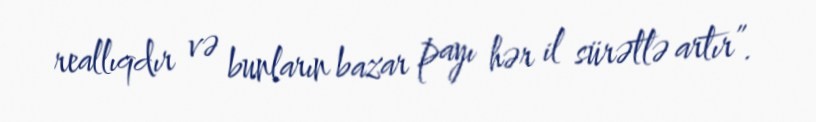
reallıqdır və bunların bazar payı hər il sürətlə artır”.